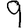
Digit: 9